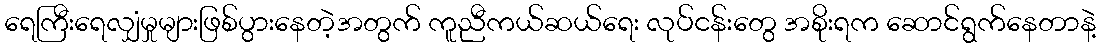
ရေကြီးရေလျှံမှုများဖြစ်ပွားနေတဲ့အတွက် ကူညီကယ်ဆယ်ရေး လုပ်ငန်းတွေ အစိုးရက ဆောင်ရွက်နေတာနဲ့